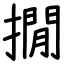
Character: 撊